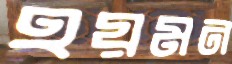
হয়মন